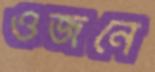
ওজনে